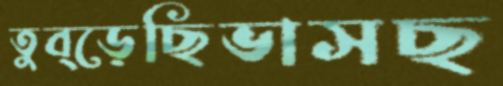
তুব্‌ড়েছিভাসছ